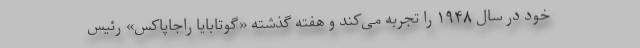
خود در سال ۱۹۴۸ را تجربه می‌کند و هفته گذشته «گوتابایا راجاپاکس» رئیس